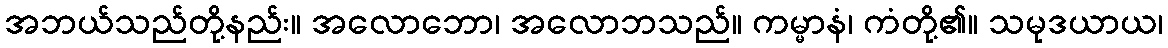
အဘယ်သည်တို့နည်း။ အလောဘော၊ အလောဘသည်။ ကမ္မာနံ၊ ကံတို့၏။ သမုဒယာယ၊